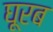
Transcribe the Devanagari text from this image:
घूरब